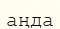
аңда